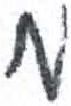
אות: מ